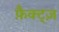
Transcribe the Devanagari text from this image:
फ़ैक्ट्ज़